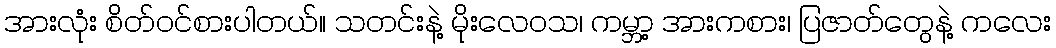
အားလုံး စိတ်ဝင်စားပါတယ်။ သတင်းနဲ့ မိုးလေဝသ၊ ကမ္ဘာ့ အားကစား၊ ပြဇာတ်တွေနဲ့ ကလေး